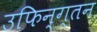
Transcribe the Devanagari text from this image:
उफिन्ग्तन